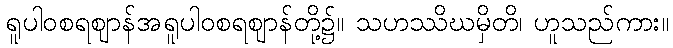
ရူပါဝစရဈာန်အရူပါဝစရဈာန်တို့၌။ သဟဿိဃမှိတိ၊ ဟူသည်ကား။